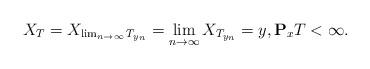
LaTeX: \begin{align*}X_T=X_{\lim_{n\rightarrow \infty} T_{y_n}}=\lim_{n\rightarrow\infty} X_{T_{y_n}}=y,\mathbf{P}_xT<\infty. \end{align*}